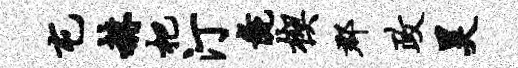
屯赫杷汀彘楔郡政昊